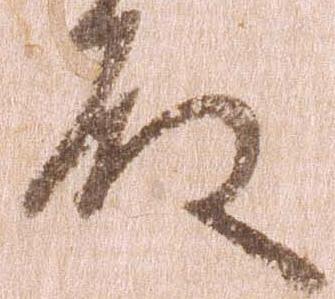
殿